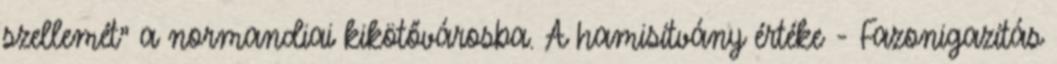
szellemét" a normandiai kikötővárosba. A hamisítvány értéke - Fazonigazítás